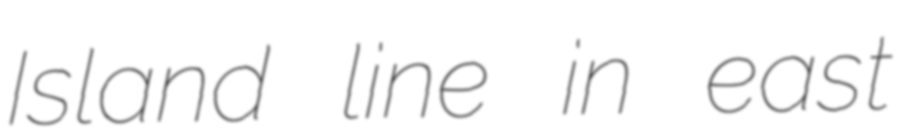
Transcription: Island line in east